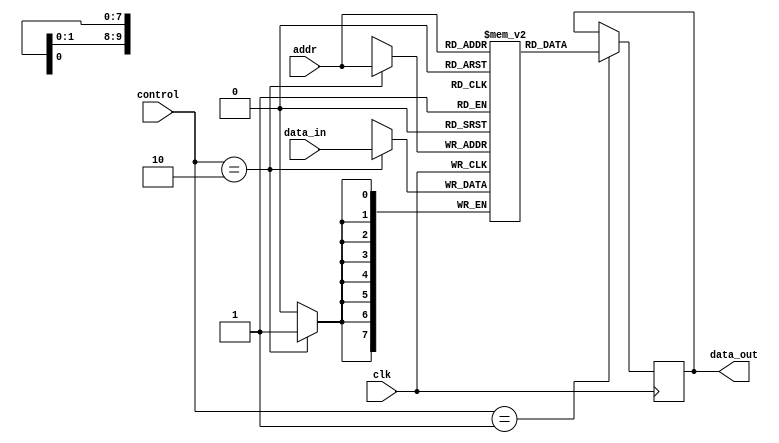
module memory_blocks(
  input clk,                 // clock input
  input [ADDR_WIDTH-1:0] addr,   // address input
  input [DATA_WIDTH-1:0] data_in,   // data input
  input [CONTRL_WIDTH-1:0] control,   // control signals input
  
  output reg [DATA_WIDTH-1:0] data_out   // data output
);

parameter ADDR_WIDTH = 10;   // define address width
parameter DATA_WIDTH = 8;    // define data width
parameter CONTRL_WIDTH = 3;    // define control signal width

reg [DATA_WIDTH-1:0] memory [0:2**ADDR_WIDTH-1];   // memory block with reduced latency

// read operation
always @(posedge clk) begin
  if(control == 3'b001)  // read operation
    data_out <= memory[addr];
end

// write operation
always @(posedge clk) begin
  if(control == 3'b010)  // write operation
    memory[addr] <= data_in;
end

endmodule